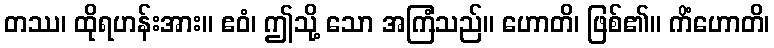
တဿ၊ ထိုရဟန်းအား။ ဧဝံ၊ ဤသို့ သော အကြံသည်။ ဟောတိ၊ ဖြစ်၏။ ကိံဟောတိ၊